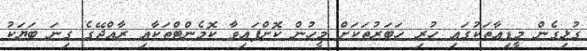
ގުޅިގެން މީޑިއާތަކުގައި ހުރި ޚަބަރުތަކަށް މީހުން ކޮށްފައިވާ ކޮމެންޓްތަކާއި ރާއްޖޭގެ ގިނަ ބަޔަކު